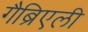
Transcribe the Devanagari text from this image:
गैब्रिएली